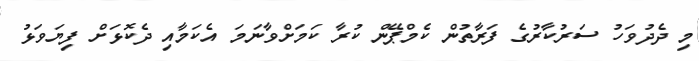
މި ދެދުވަހު ސަރުކާރުގެ ފަރާތުން ކެމްޕޭން ކުރާ ކަމަށްވާނަމަ އެކަމާއި ދެކޮޅަށް ފިޔަވަޅު